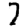
Digit: 7